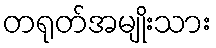
တရုတ်အမျိုးသား